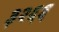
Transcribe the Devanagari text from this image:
३२६६